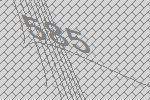
585